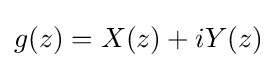
g(z)=X(z)+iY(z)